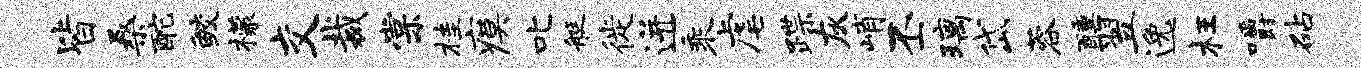
皆桑酡鲛檬交裁棠桂瘼叱艇徙迸乘虐蹀灰峭丕璃岱蓉醺翌逸枉嚼砧